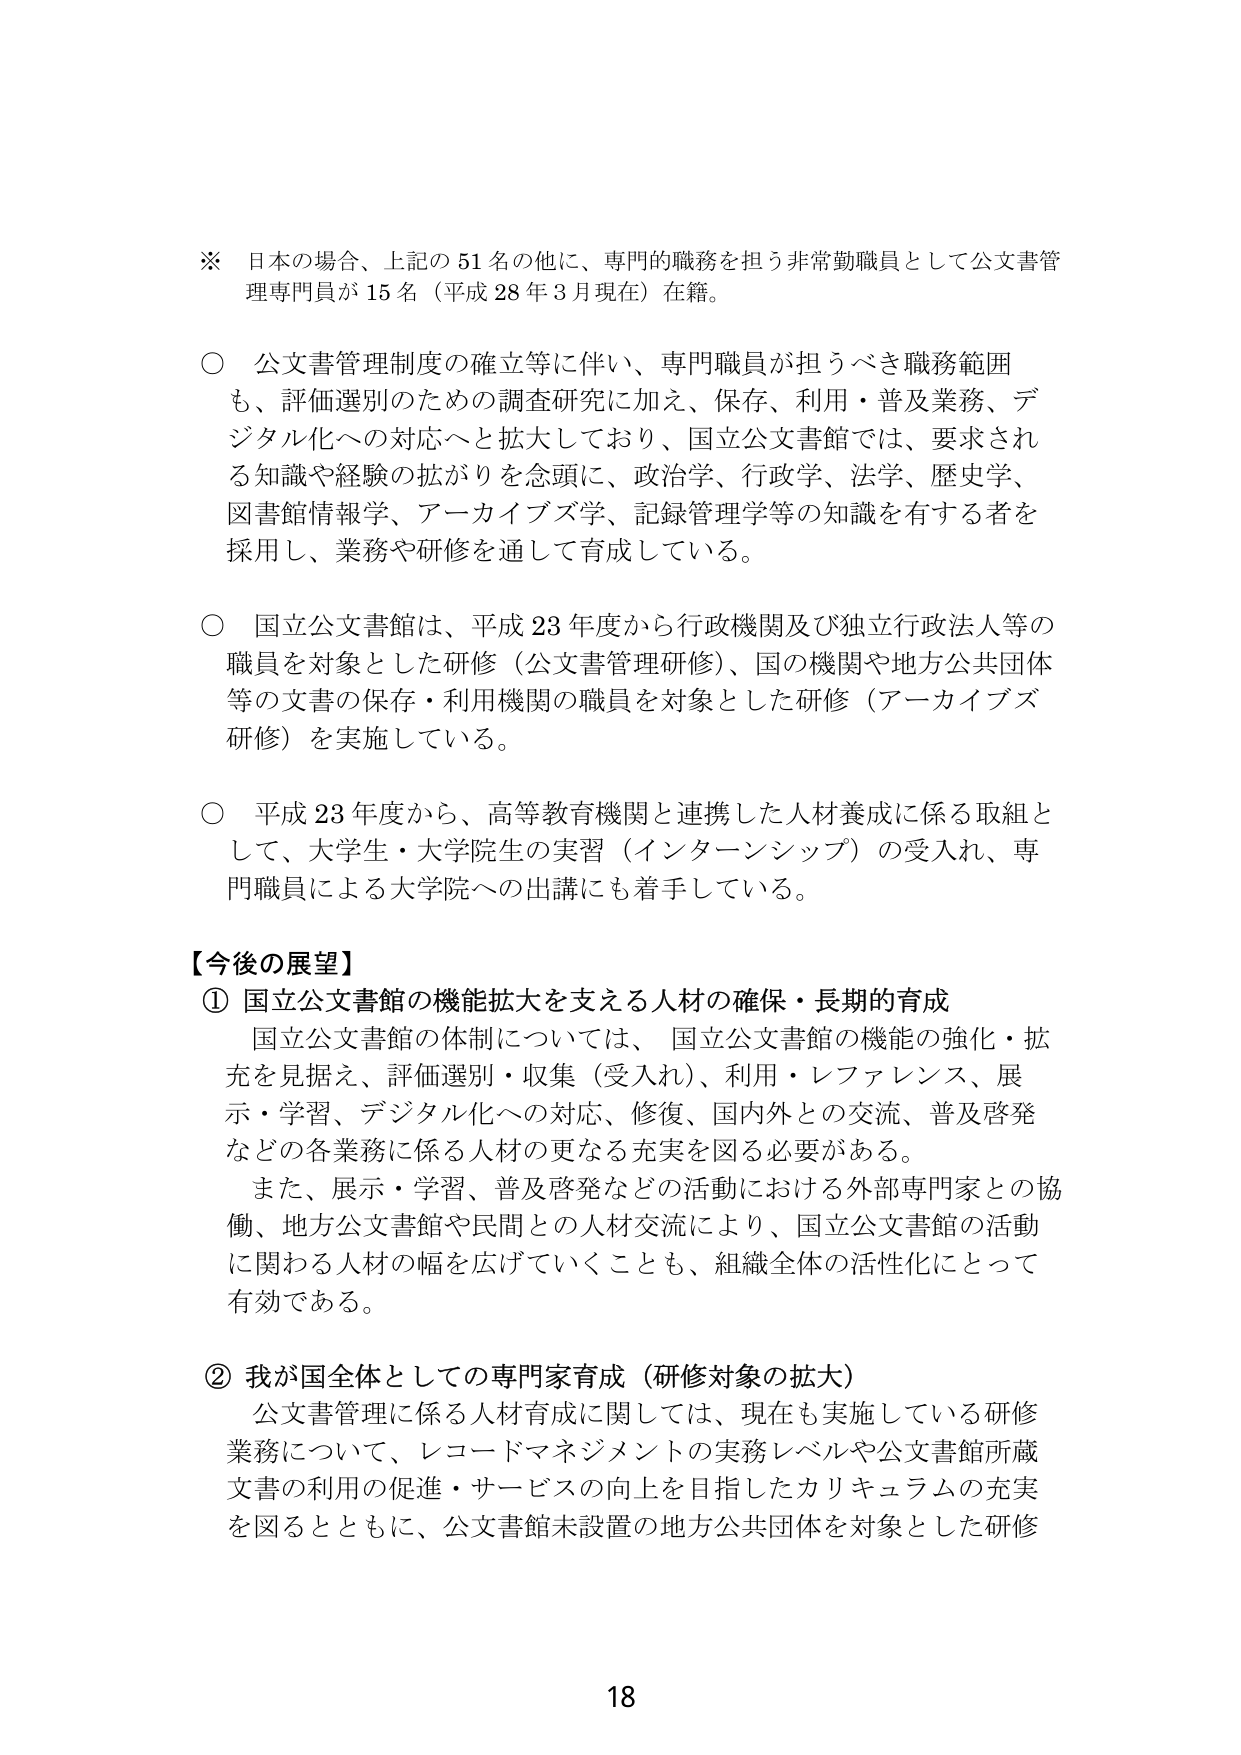
※ 日本の場合、上記の51名の他に、専門的職務を担う非常勤職員として公文書管理専門員が15名（平成28年3月現在）在籍。

○ 公文書管理制度の確立等に伴い、専門職員が担うべき職務範囲も、評価選別のための調査研究に加え、保存、利用・普及業務、デジタル化への対応へと拡大しており、国立公文書館では、要求される知識や経験の拡がりを念頭に、政治学、行政学、法学、歴史学、図書館情報学、アーカイブズ学、記録管理学等の知識を有する者を採用し、業務や研修を通じて育成している。

○ 国立公文書館は、平成23年度から行政機関及び独立行政法人等の職員を対象とした研修（公文書管理研修）、国の機関や地方公共団体等の文書の保存・利用機関の職員を対象とした研修（アーカイブズ研修）を実施している。

○ 平成23年度から、高等教育機関と連携した人材養成に係る取組として、大学生・大学院生の実習（インターンシップ）の受入れ、専門職員による大学院への出講にも着手している。

【今後の展望】

① 国立公文書館の機能拡大を支える人材の確保・長期的育成

国立公文書館の体制については、国立公文書館の機能の強化・拡充を見据え、評価選別・収集（受入れ）、利用・レファレンス、展示・学習、デジタル化への対応、修復、国内外との交流、普及啓発などの各業務に係る人材の更なる充実を図る必要がある。

また、展示・学習、普及啓発などの活動における外部専門家との協働、地方公文書館や民間との人材交流により、国立公文書館の活動に関わる人材の幅を広げていくことも、組織全体の活性化にとって有効である。

② 我が国全体としての専門家育成（研修対象の拡大）

公文書管理に係る人材育成に関しては、現在も実施している研修業務について、レコードマネジメントの実務レベルや公文書館所蔵文書の利用の促進・サービスの向上を目指したカリキュラムの充実を図るとともに、公文書館未設置の地方公共団体を対象とした研修

18